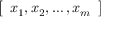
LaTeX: \left[ \begin{array} { l } { x _ { 1 } , x _ { 2 } , \dots , x _ { m } } \end{array} \right]